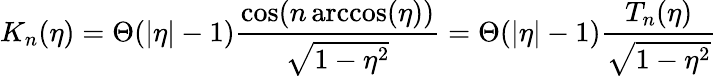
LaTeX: K_{n}(\eta)=\Theta(|\eta|-1)\frac{\cos(n\operatorname{arccos}(\eta))}{\sqrt{1-\eta^{2}}}=\Theta(|\eta|-1)\frac{T_{n}(\eta)}{\sqrt{1-\eta^{2}}}